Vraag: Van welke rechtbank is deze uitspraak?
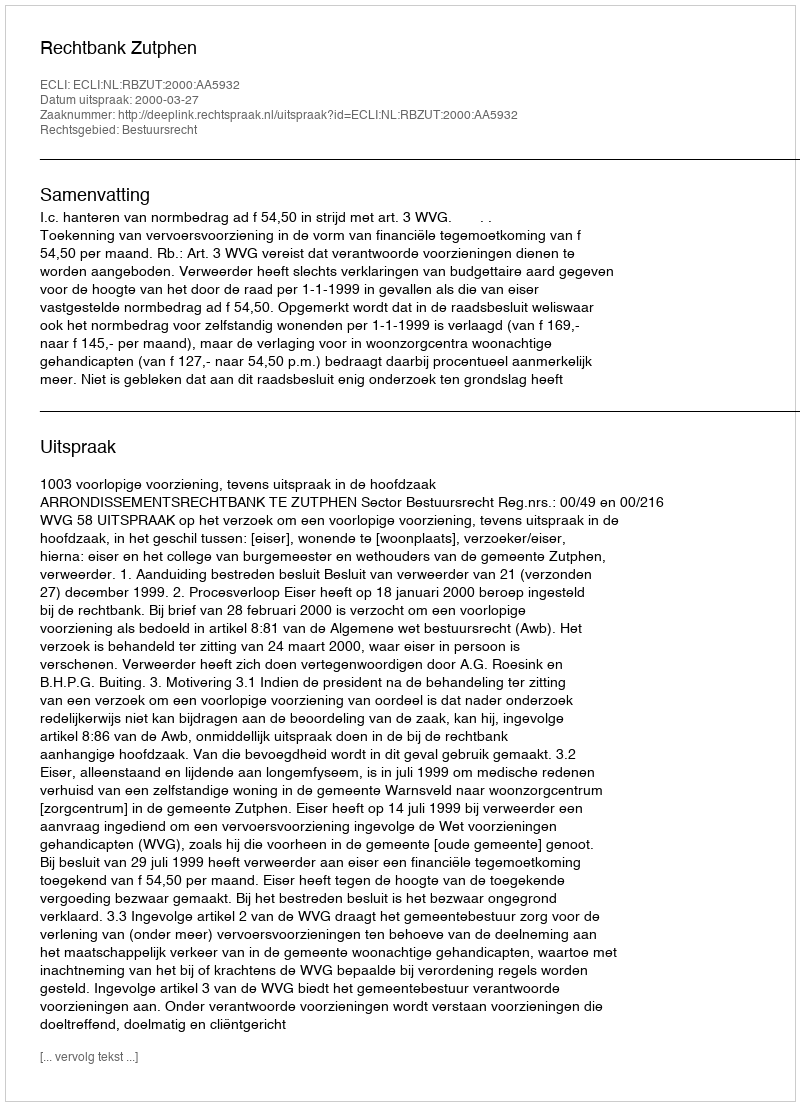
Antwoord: Rechtbank Zutphen